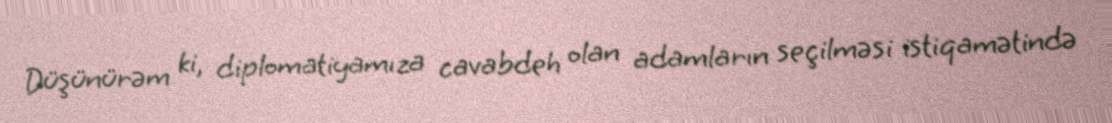
Düşünürəm ki, diplomatiyamıza cavabdeh olan adamların seçilməsi istiqamətində